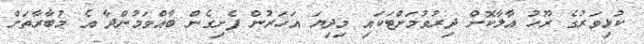
ކުޅިވަރުގެ ރޫހު އާލާކޮށް ދިރުވުމަށްޓަކައި މިދިޔަ އަހަރުން ފެށިގެން ބާއްވަމުންދާ އެ މުބާރާތަށް